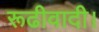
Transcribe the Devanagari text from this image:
रूढीवादी।